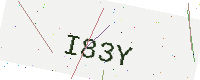
Text: I83Y